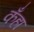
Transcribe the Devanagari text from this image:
कँहा